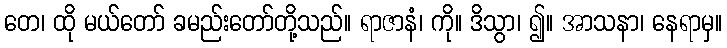
တေ၊ ထို မယ်တော် ခမည်းတော်တို့သည်။ ရာဇာနံ၊ ကို။ ဒိသွာ၊ ၍။ အာသနာ၊ နေရာမှ။